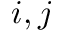
i , j